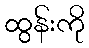
ထွန်းကို